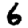
Digit: 6